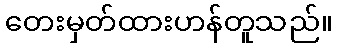
တေးမှတ်ထားဟန်တူသည်။